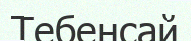
Тебенсай